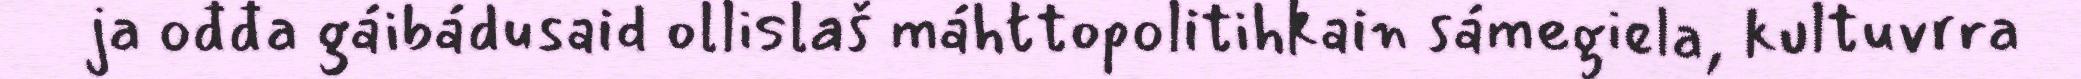
ja ođđa gáibádusaid ollislaš máhttopolitihkain sámegiela, kultuvrra